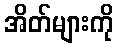
အိတ်များကို